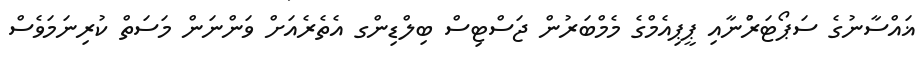
ޣައްސާނުގެ ސަޕޯޓަރުްނާއި ޕީޕިއެމްގެ މެމްބަރުން ޖަސްޓިސް ބިލްޑިންގ އެތެރެއަށް ވަންނަން މަސަތް ކުރިނަމަވެސް